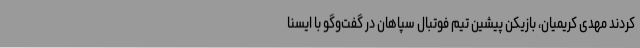
کردند مهدی کریمیان، بازیکن پیشین تیم فوتبال سپاهان در گفت‌وگو با ایسنا